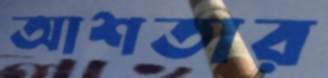
আশতার